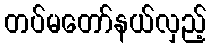
တပ်မတော်နယ်လှည့်